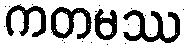
ကတမဿ